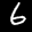
Label: 6